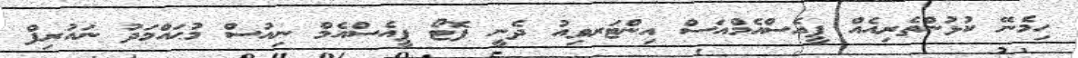
ހިމެނޭ ކުޅުންތެރިއެއް ޕީއެސްއެމްއަސް އިންޓަރވިއު ދެނީ ފޮޓޯ ޕީއެސްއެމް ނިއުސް މުޙައްމަދު ނައުރިފް